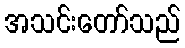
အသင်းတော်သည်